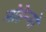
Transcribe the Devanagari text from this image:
मोहेन्जो